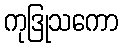
ကုဒြုသကော